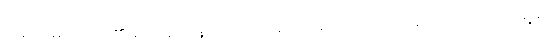
အရိုး/ မူဟစ်ဒင်၏ ပြောချင်နေသော လိုင်စင်မဲ့မော်တော်ယာဉ်များကို ပလက်ဝမြို့မှာ